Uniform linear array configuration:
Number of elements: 8
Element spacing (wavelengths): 0.25
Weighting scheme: exponential
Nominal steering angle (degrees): -30
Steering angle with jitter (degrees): -29.896
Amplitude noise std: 0.05
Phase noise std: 0.05

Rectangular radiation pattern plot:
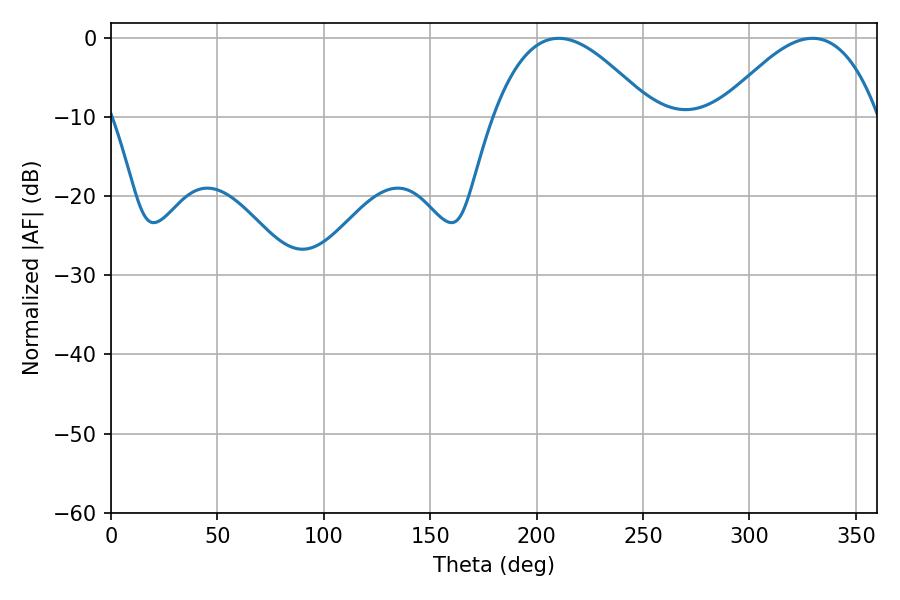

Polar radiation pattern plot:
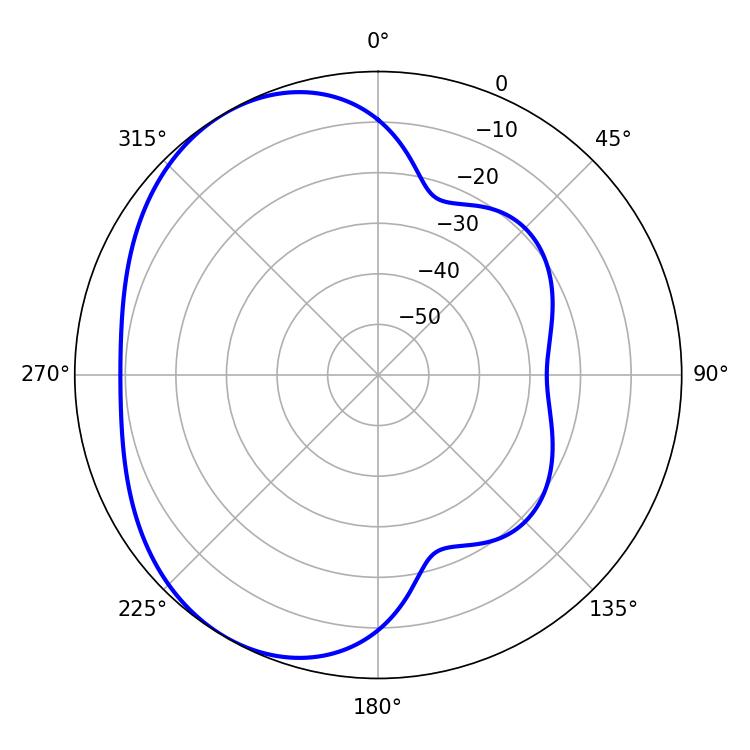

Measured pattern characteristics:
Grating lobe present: FALSE
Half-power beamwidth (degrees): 40.5
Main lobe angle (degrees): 210.42